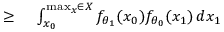
\begin{array} { r l } { \geq { } } & { { } \int _ { x _ { 0 } } ^ { \operatorname* { m a x } _ { x } \in X } f _ { \theta _ { 1 } } ( x _ { 0 } ) f _ { \theta _ { 0 } } ( x _ { 1 } ) \, d x _ { 1 } } \end{array}